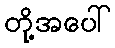
တို့အပေါ်